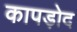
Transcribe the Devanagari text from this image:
कापड़ोद